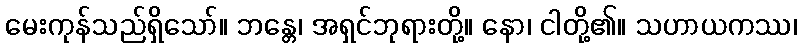
မေးကုန်သည်ရှိသော်။ ဘန္တေ၊ အရှင်ဘုရားတို့။ နော၊ ငါတို့၏။ သဟာယကဿ၊